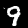
Label: 9